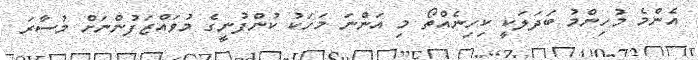
އެންމެ މުހިންމު ބަދަލަކީ ކިހިނެއްތޯ މި އަންނަ މަހަކު ކުންފުނީގެ މުވައްޒަފުންނަށް މުސާރަ